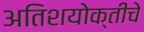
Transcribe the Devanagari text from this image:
अतिशयोक्तीचे